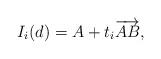
LaTeX: \begin{align*}I_i(d)=A+t_i \overrightarrow{AB},\end{align*}